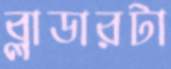
ব্লাডারটা